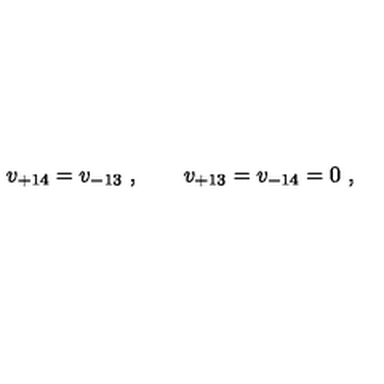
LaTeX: v _ { + 1 4 } = v _ { - 1 3 } \ , \qquad v _ { + 1 3 } = v _ { - 1 4 } = 0 \ ,